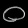
Digit: ၀